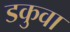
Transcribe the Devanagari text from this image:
डकुवा